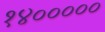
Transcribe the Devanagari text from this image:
१४०००००